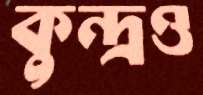
কুন্দ্রও